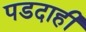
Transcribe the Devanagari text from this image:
पडदाही